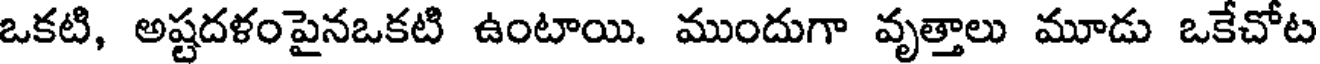
ఒకటి, అష్టదళంపైనఒకటి ఉంటాయి. ముందుగా వృత్తాలు మూడు ఒకేచోట